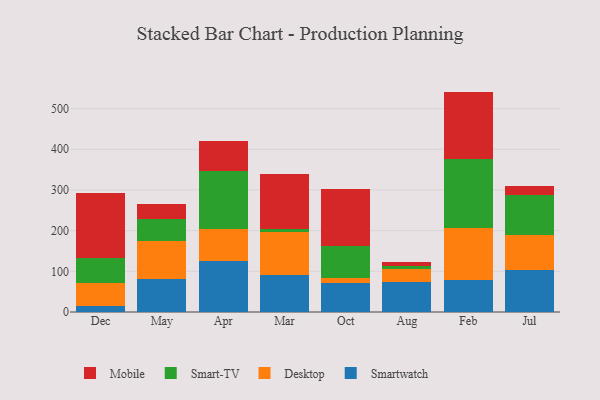
{"axis": {"x": "Month", "y": "Customer Acquisition Cost (USD)"}, "legend": ["Desktop", "Mobile", "Smart-TV", "Smartwatch"], "data": [{"x": "Dec", "y": 13.8, "type": "Smartwatch"}, {"x": "Dec", "y": 56.8, "type": "Desktop"}, {"x": "Dec", "y": 62.5, "type": "Smart-TV"}, {"x": "Dec", "y": 159.1, "type": "Mobile"}, {"x": "May", "y": 81.0, "type": "Smartwatch"}, {"x": "May", "y": 93.6, "type": "Desktop"}, {"x": "May", "y": 54.7, "type": "Smart-TV"}, {"x": "May", "y": 37.1, "type": "Mobile"}, {"x": "Apr", "y": 124.8, "type": "Smartwatch"}, {"x": "Apr", "y": 79.8, "type": "Desktop"}, {"x": "Apr", "y": 142.9, "type": "Smart-TV"}, {"x": "Apr", "y": 71.8, "type": "Mobile"}, {"x": "Mar", "y": 90.1, "type": "Smartwatch"}, {"x": "Mar", "y": 105.9, "type": "Desktop"}, {"x": "Mar", "y": 8.3, "type": "Smart-TV"}, {"x": "Mar", "y": 135.7, "type": "Mobile"}, {"x": "Oct", "y": 72.2, "type": "Smartwatch"}, {"x": "Oct", "y": 12.1, "type": "Desktop"}, {"x": "Oct", "y": 78.0, "type": "Smart-TV"}, {"x": "Oct", "y": 139.9, "type": "Mobile"}, {"x": "Aug", "y": 74.0, "type": "Smartwatch"}, {"x": "Aug", "y": 32.0, "type": "Desktop"}, {"x": "Aug", "y": 7.9, "type": "Smart-TV"}, {"x": "Aug", "y": 9.7, "type": "Mobile"}, {"x": "Feb", "y": 79.1, "type": "Smartwatch"}, {"x": "Feb", "y": 126.2, "type": "Desktop"}, {"x": "Feb", "y": 170.6, "type": "Smart-TV"}, {"x": "Feb", "y": 165.8, "type": "Mobile"}, {"x": "Jul", "y": 103.7, "type": "Smartwatch"}, {"x": "Jul", "y": 86.4, "type": "Desktop"}, {"x": "Jul", "y": 97.7, "type": "Smart-TV"}, {"x": "Jul", "y": 22.1, "type": "Mobile"}]}